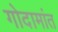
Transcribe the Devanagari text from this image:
गोदामांत